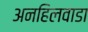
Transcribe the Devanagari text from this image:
अनहिलवाडा